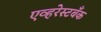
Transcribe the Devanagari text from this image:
एव्हरेस्टबँक